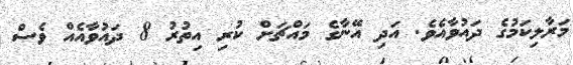
މަރާލިކަމުގެ ދައުވާއެވެ. އަދި އޭނާގެ މައްޗަށް ކުރި އިތުރު 8 ދައުވާއެއް ވެސް